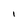
Character: 1